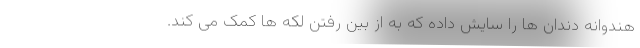
هندوانه دندان ها را سایش داده که به از بین رفتن لکه ها کمک می کند.